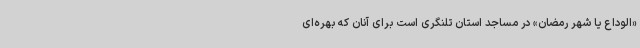
«الوداع یا شهر رمضان» در مساجد استان تلنگری است برای آنان که بهره‌ای